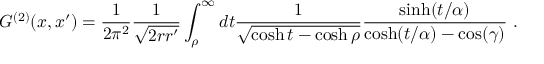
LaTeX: G ^ { ( 2 ) } ( x , x ^ { \prime } ) = \frac 1 { 2 \pi ^ { 2 } } \frac 1 { \sqrt { 2 r r ^ { \prime } } } \int _ { \rho } ^ { \infty } d t \frac 1 { \sqrt { \cosh t - \cosh \rho } } \frac { \sinh ( t / \alpha ) } { \cosh ( t / \alpha ) - \cos ( \gamma ) } \ .